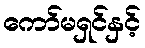
ကော်မရှင်နှင့်